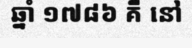
ឆ្នាំ ១៧៨៦ គឺ នៅ